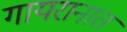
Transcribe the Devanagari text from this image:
गायरानात